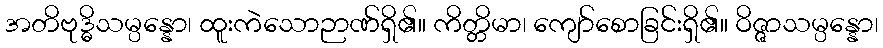
အတိဗုဒ္ဓိသမ္ပန္နော၊ ထူးကဲသောဉာဏ်ရှိ၏။ ကိတ္တိမာ၊ ကျော်စောခြင်းရှိ၏။ ဝိဇ္ဇာသမ္ပန္နော၊